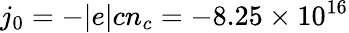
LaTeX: j_{0}=-|e|cn_{c}=-8.25\times 10^{16}